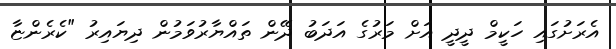
އެރަށުގައި ހަކީމް ދީދީ އަށް މަރުގެ އަދަބު ދޭން ތައްޔާރުވަމުން ދިޔައިރު "ކެރެންޏާ